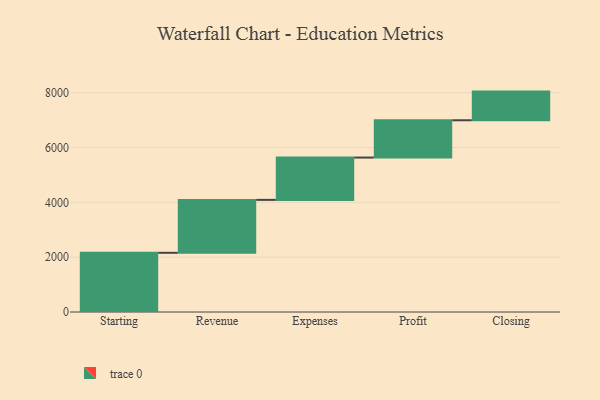
{"axis": {"x": "Step", "y": "Value"}, "legend": [""], "data": [{"x": "Starting", "y": 2160.0, "type": ""}, {"x": "Revenue", "y": 1930.0, "type": ""}, {"x": "Expenses", "y": 1544.0, "type": ""}, {"x": "Profit", "y": 1360.0, "type": ""}, {"x": "Closing", "y": 1046.0, "type": ""}]}